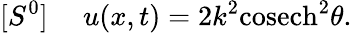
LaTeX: [S^{0}]~~~~~u(x,t)=2k^{2}\mathrm{cosech}^{2}\theta.